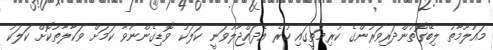
މައުލޫމާތު ލިބޭގޮތުންދަރިވަރުންގެ ކުރިމަތީގައި ހުރެ އެދައްޖާލުވަނީ ކަލަކު ވޮޑިގެންނުވާ ކަމަށް ވަކާލާތުކޮށް ކަލަކު